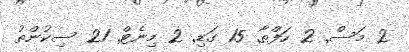
2 މަސް